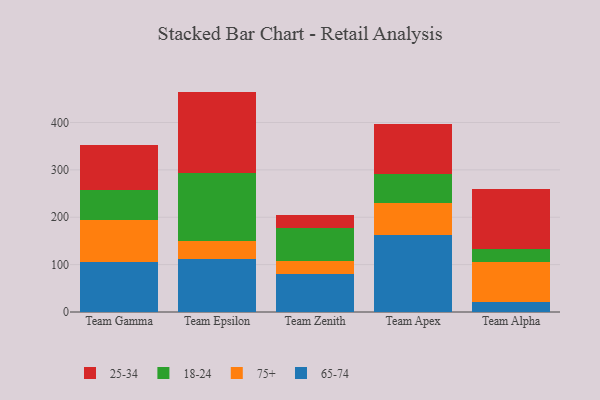
{"axis": {"x": "Team", "y": "Waste Production (Tons)"}, "legend": ["18-24", "25-34", "65-74", "75+"], "data": [{"x": "Team Gamma", "y": 105.0, "type": "65-74"}, {"x": "Team Gamma", "y": 89.2, "type": "75+"}, {"x": "Team Gamma", "y": 63.4, "type": "18-24"}, {"x": "Team Gamma", "y": 95.9, "type": "25-34"}, {"x": "Team Epsilon", "y": 112.4, "type": "65-74"}, {"x": "Team Epsilon", "y": 37.5, "type": "75+"}, {"x": "Team Epsilon", "y": 142.7, "type": "18-24"}, {"x": "Team Epsilon", "y": 172.6, "type": "25-34"}, {"x": "Team Zenith", "y": 80.5, "type": "65-74"}, {"x": "Team Zenith", "y": 28.1, "type": "75+"}, {"x": "Team Zenith", "y": 67.9, "type": "18-24"}, {"x": "Team Zenith", "y": 29.3, "type": "25-34"}, {"x": "Team Apex", "y": 163.3, "type": "65-74"}, {"x": "Team Apex", "y": 66.5, "type": "75+"}, {"x": "Team Apex", "y": 61.6, "type": "18-24"}, {"x": "Team Apex", "y": 106.0, "type": "25-34"}, {"x": "Team Alpha", "y": 20.6, "type": "65-74"}, {"x": "Team Alpha", "y": 84.6, "type": "75+"}, {"x": "Team Alpha", "y": 28.7, "type": "18-24"}, {"x": "Team Alpha", "y": 125.6, "type": "25-34"}]}